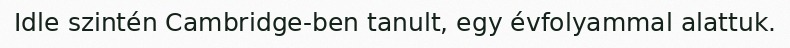
Idle szintén Cambridge-ben tanult, egy évfolyammal alattuk.